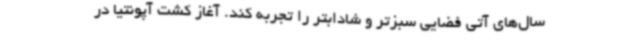
سال‌های آتی فضایی سبزتر و شادابتر را تجربه کند. آغاز کشت آپونتیا در